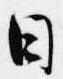
日